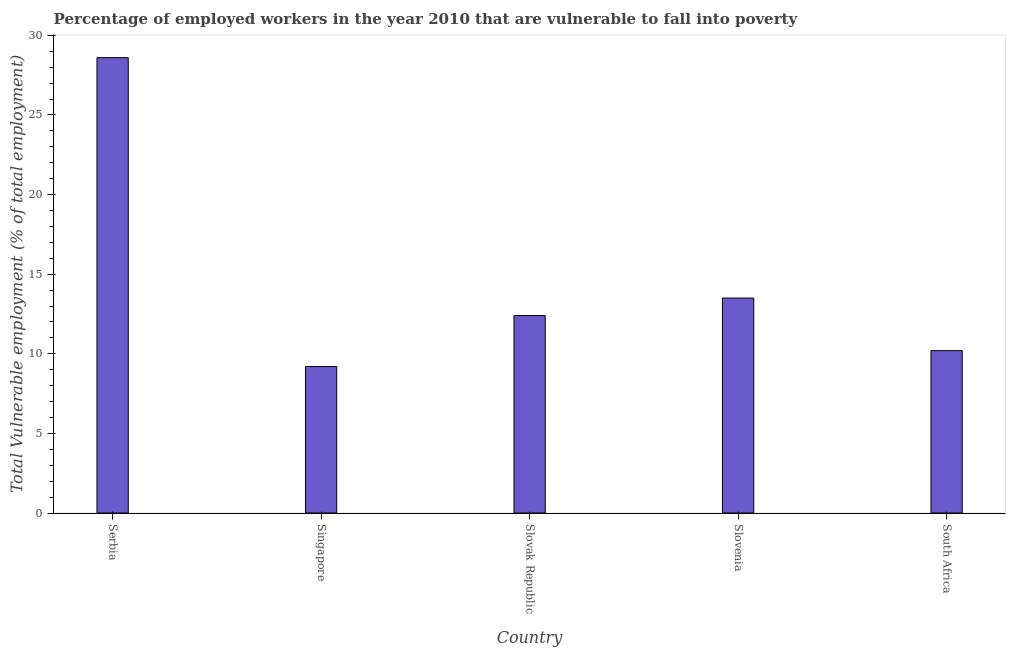
| Country | Vulnerable employment |
 | --- | --- |
 | Serbia | 28.6 |
 | Singapore | 9.2 |
 | Slovak Republic | 12.4 |
 | Slovenia | 13.5 |
 | South Africa | 10.2 |